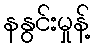
နနွင်းမှုန့်